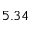
5 . 3 4